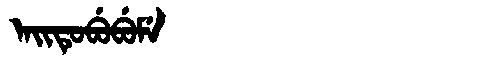
Manchu: ᠠᡳᡨᡠᠪᡠᠪᡠᠮᡝ
Romanization: AITUBUBUME